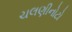
ચલણીનોટો